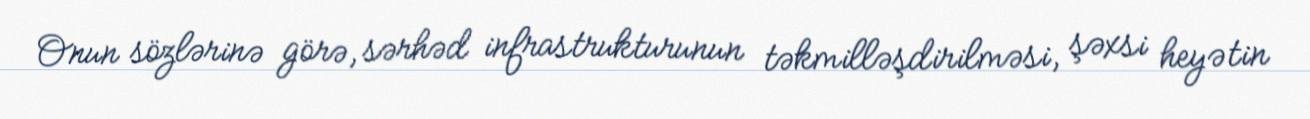
Onun sözlərinə görə, sərhəd infrastrukturunun təkmilləşdirilməsi, şəxsi heyətin